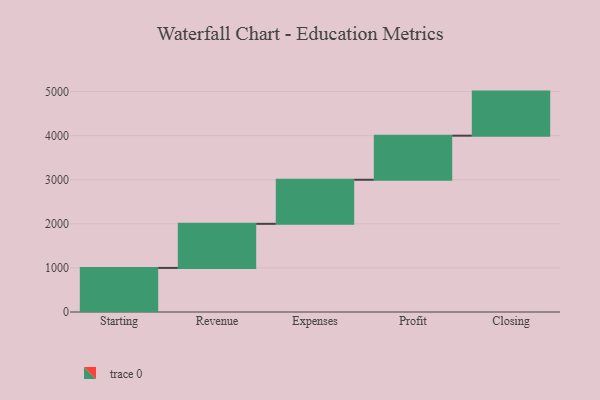
{"axis": {"x": "Step", "y": "Value"}, "legend": [""], "data": [{"x": "Starting", "y": 1000, "type": ""}, {"x": "Revenue", "y": 1000, "type": ""}, {"x": "Expenses", "y": 1000, "type": ""}, {"x": "Profit", "y": 1000, "type": ""}, {"x": "Closing", "y": 1000, "type": ""}]}